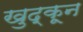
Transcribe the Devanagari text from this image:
खुद्कून